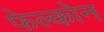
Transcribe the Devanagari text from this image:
फेल्कोन